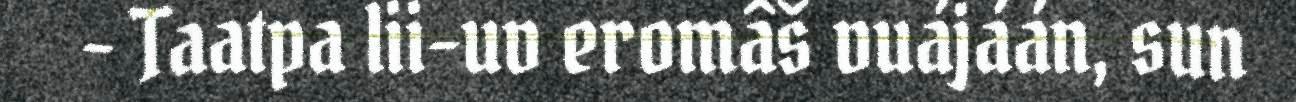
- Taatpa lii-uv eromâš vuájáán, sun